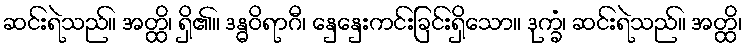
ဆင်းရဲသည်။ အတ္ထိ၊ ရှိ၏။ ဒန္ဓဝိရာဂီ၊ နှေနှေးကင်းခြင်းရှိသော။ ဒုက္ခံ၊ ဆင်းရဲသည်။ အတ္ထိ၊